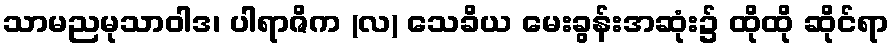
သာမညမုသာဝါဒ၊ ပါရာဇိက (လ) သေခိယ မေးခွန်းအဆုံး၌ ထိုထို ဆိုင်ရာ